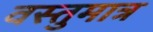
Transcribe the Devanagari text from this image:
वस्तुमात्र